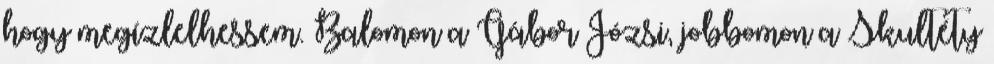
hogy megízlelhessem. Balomon a Gábor Józsi, jobbomon a Skultéty